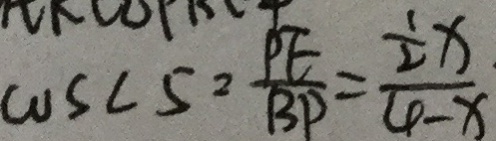
\cos \angle 5 = \frac { P E } { B P } = \frac { \frac { 1 } { 2 } x } { 4 - x }